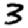
Digit: 3